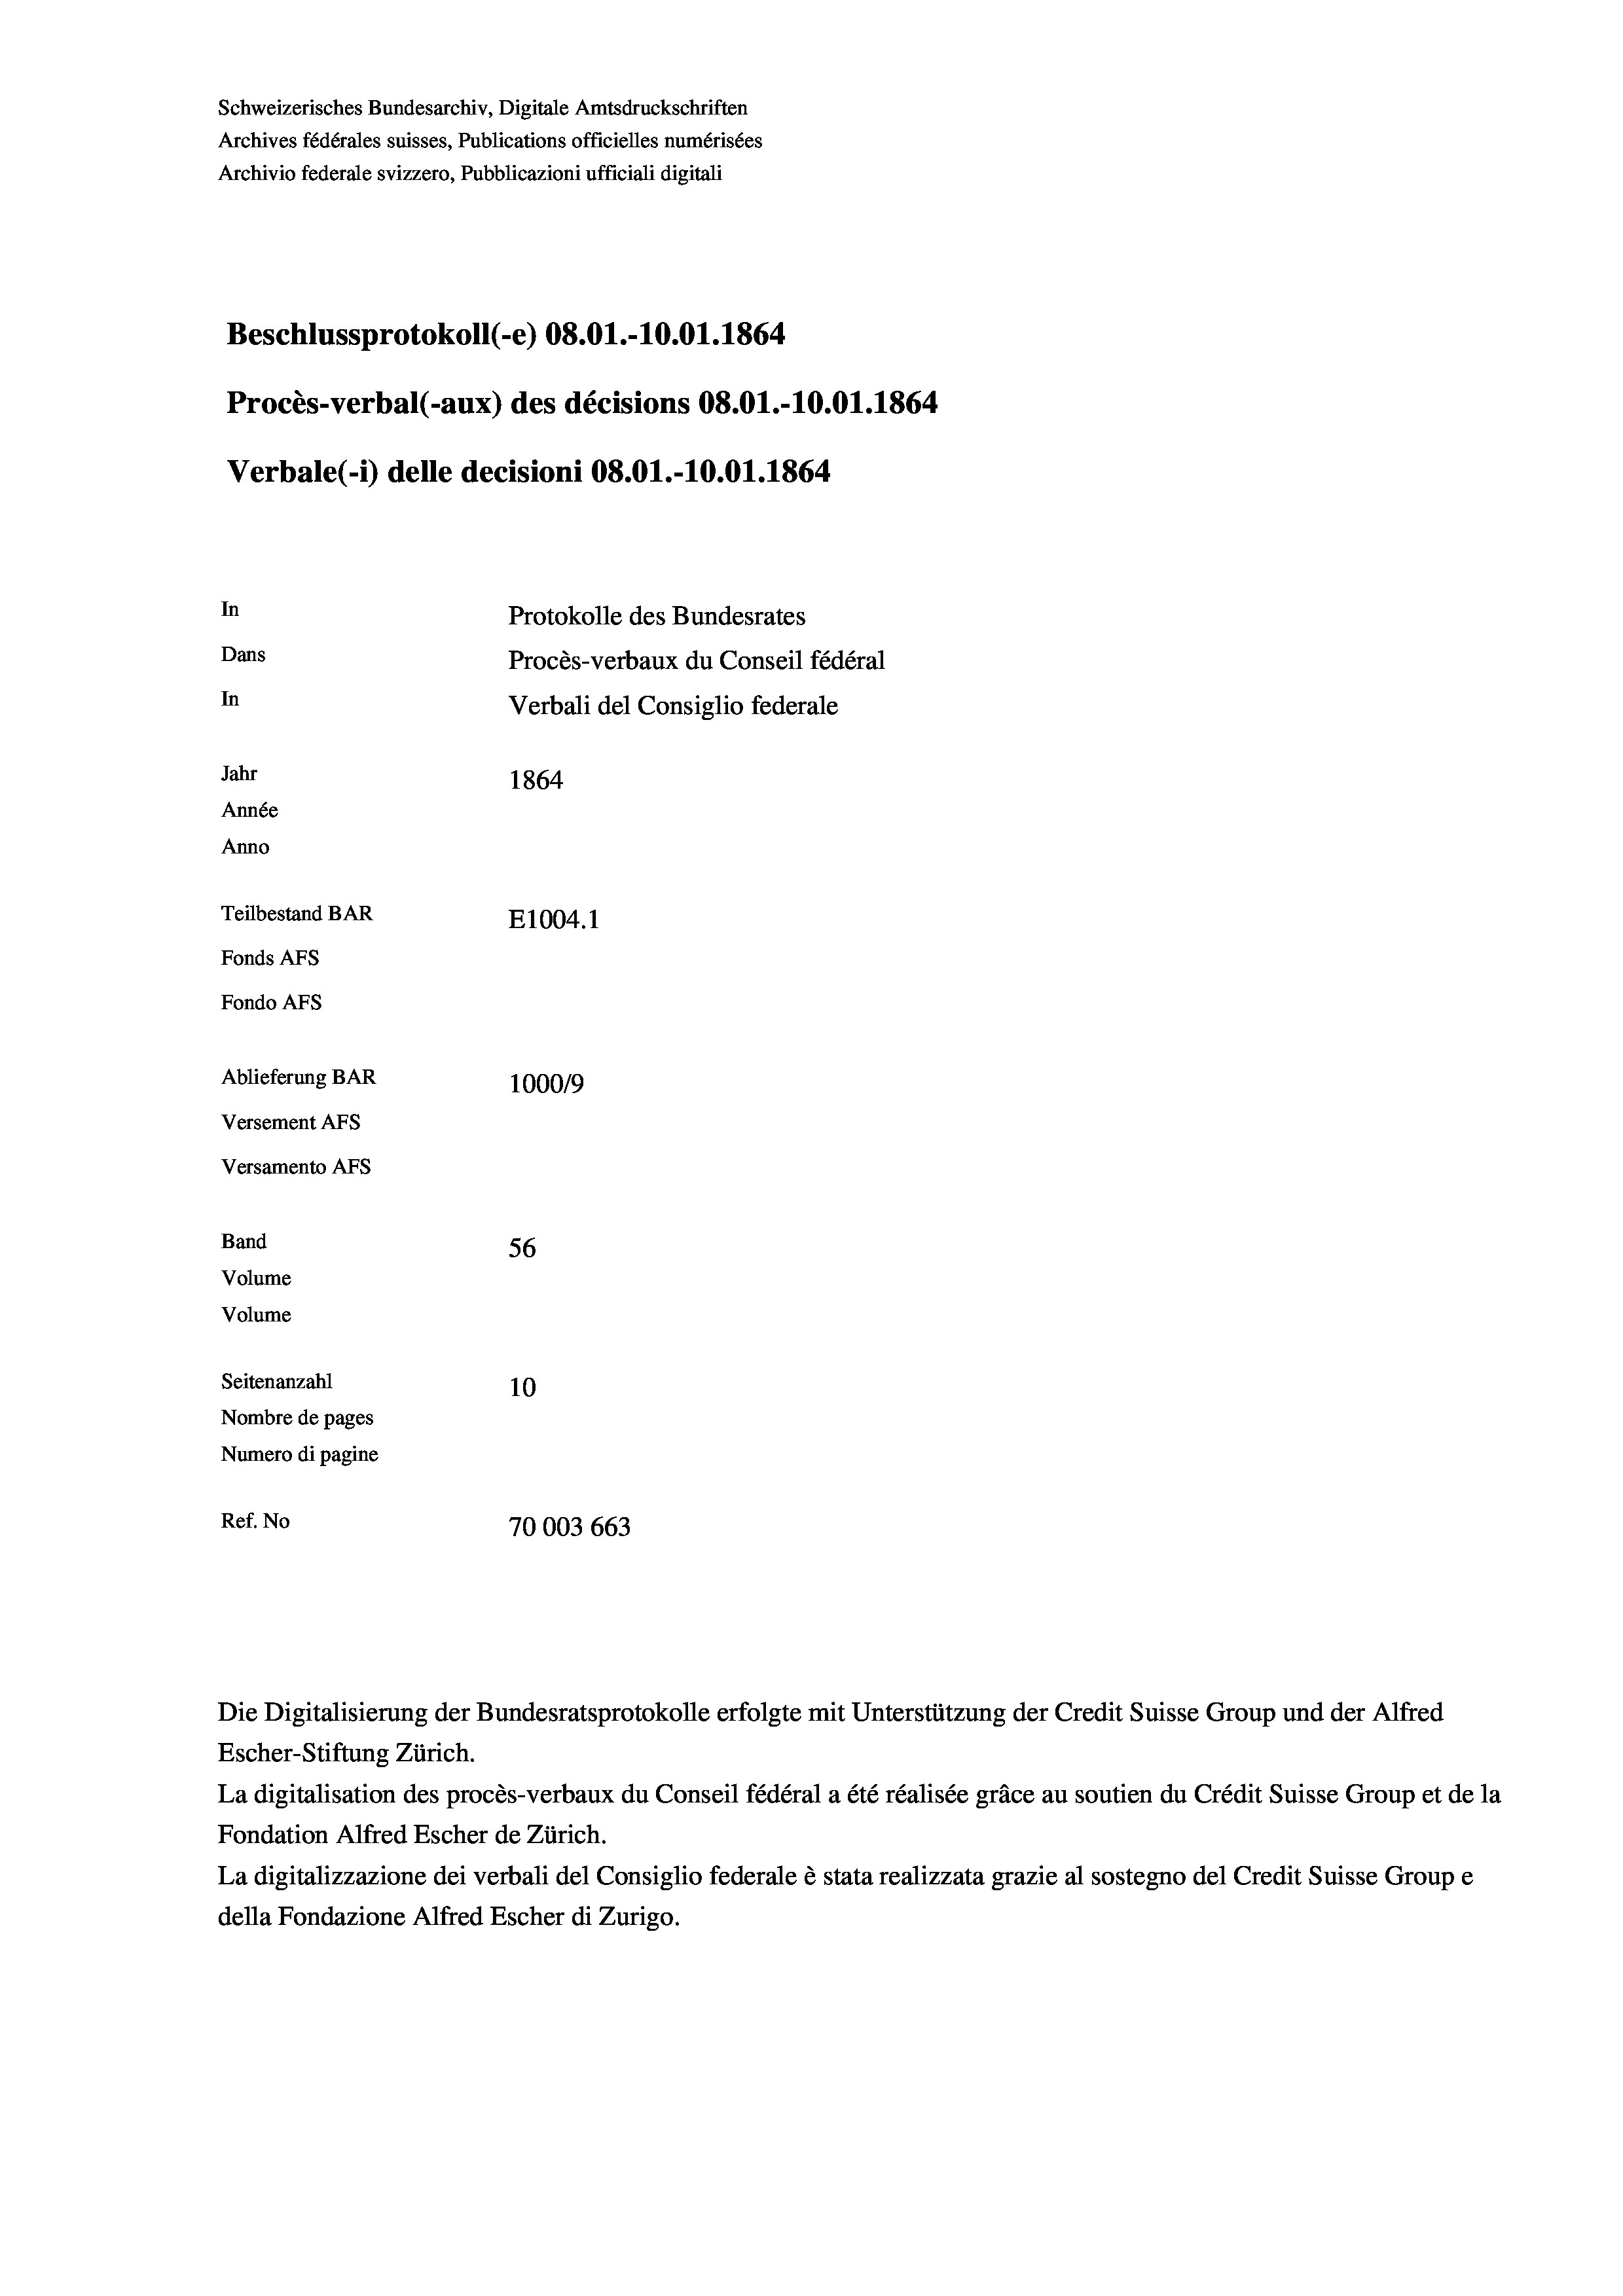
Schweizerisches Bundesarchiv, Digitale Amtsdruckschriften
Beschlussprotokoll (-e) 08.01.-10.01. 1864
Procès-verbal (-aux) des décisions 08.01.-10.01. 1864
Verbale(-*) delle decisioni 08.01.-10.01. 1864
In
Protokolle des Bundesrates
Dans
Procès-verbaux du Conseil fédéral
In
Verbali del Consiglio federale
Jahr
1864
Année
Anno
Teilbestand BAR
E1004.1
Fonds AFs
Fondo AFS

Ablieferung BAR
Versement AFs
Versamento Afs
Band
Volume
Volume
Seitenanzahl

Archives fédérales suisses, Publications officielles numérisées

Archivio federale svizzero, Pubblicazioni ufficiali digitali

1000/9
56
10
Nombre de pages
Numero di pagine
Ref. No
70003 663

Escher-Stiftung Zürich.
La digitalisation des procès-verbaux du Conseil fédéral a été réalisée gräce au soutien du Crédit Suisse Group et de la
Fondation Alfred Escher de Zürich.
La digitalizzazione dei verbali del Consiglio federale è stata realizzata grazie al sostegno del Credit Suisse Groupe
della Fondazione Alfred Escher di Zurigo.

Die Digitalisierung der Bundesratsprotokolle erfolgte mit Unterstützung der Credit Suisse Group und der Alfred